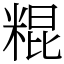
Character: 䊐